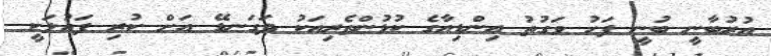
އުރުބާނީ ބުނީ ފަހު ވަގުތު އިންޑިއާގެ ކުޅުންތެރިއަކު ދަގަނޑޭ އަށް ކުރި ފައުލަކީ